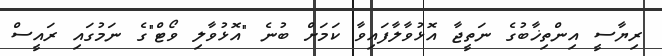
ރިޔާސީ އިންތިޚާބުގެ ނަތީޖާ އޮޅުވާލާފައިވާ ކަމަށް ބުނެ "އޮޅުވާލި ވޯޓް"ގެ ނަމުގައި ރައީސް